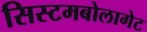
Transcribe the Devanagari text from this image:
सिस्टमबोलागेट